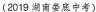
(2019 湖南娄底中考)